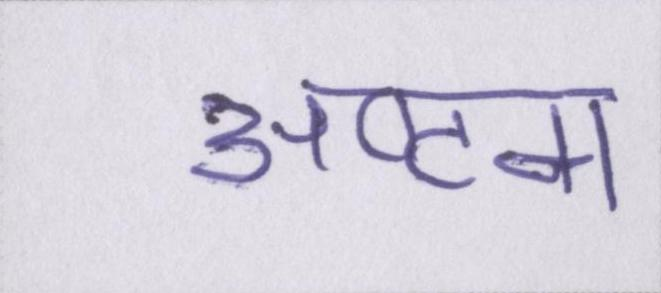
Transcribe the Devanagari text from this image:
अष्टम